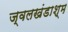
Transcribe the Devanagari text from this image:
ज्वलखंडाश्म